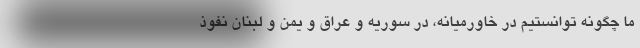
ما چگونه توانستیم در خاورمیانه، در سوریه و عراق و یمن و لبنان نفوذ